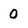
Character: 0